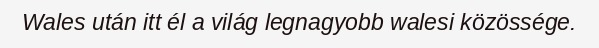
Wales után itt él a világ legnagyobb walesi közössége.